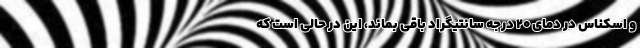
و اسکناس در دمای ۲۰ درجه سانتیگراد باقی بماند، این در حالی است که